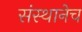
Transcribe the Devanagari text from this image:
संस्थानेच